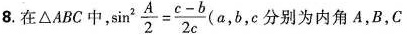
8.在△ ABC中，$$\sin ^ { 2 } \frac { A } { 2 } = \frac { c - b } { 2 c }$$ (a，b，c分别为内角A，B，C